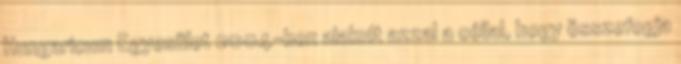
Hungaricum Egyesület 2004-ben alakult azzal a céllal, hogy összefogja